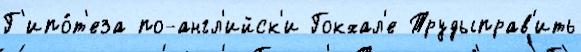
Г'ипо́т'еза по-англ'ийск'и Гокхал'е Трудыправ'ить